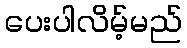
ပေးပါလိမ့်မည်